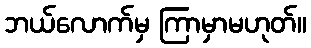
ဘယ်လောက်မှ ကြာမှာမဟုတ်။